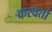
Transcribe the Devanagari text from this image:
करवतो